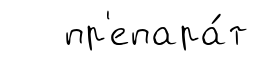
пр'епара́т